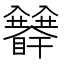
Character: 𥍅